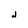
Character: j